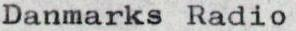
Danmarks Radio